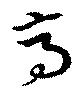
高